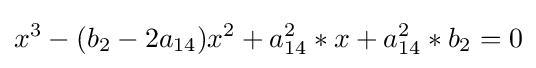
x^{3}-(b_{2}-2a_{14})x^{2}+a_{14}^{2}*x+a_{14}^{2}*b_{2}=0